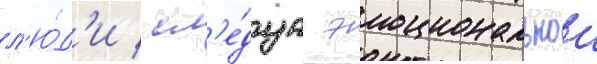
л'ю́д'и / сл'е́дуа эмоциональнои